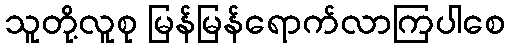
သူတို့လူစု မြန်မြန်ရောက်လာကြပါစေ